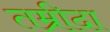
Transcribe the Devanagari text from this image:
तम्रीदा